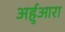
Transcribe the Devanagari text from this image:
अर्हुआरा